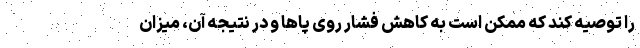
را توصیه کند که ممکن است به کاهش فشار روی پاها و در نتیجه آن، میزان